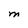
Character: M